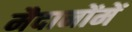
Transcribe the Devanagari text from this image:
मैदानोंमें